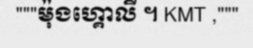
"""ម៉ុងហ្គោលី ។ KMT ,"""